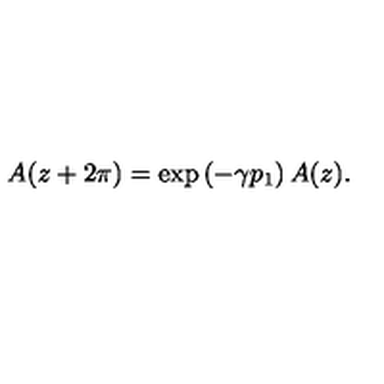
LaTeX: A ( z + 2 \pi ) = \exp \left( - \gamma p _ { 1 } \right) A ( z ) .